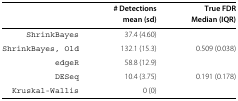
<table><thead><tr><td>[EMPTY_CELL]</td><td><b># Detections</b></td><td><b>True FDR</b></td></tr><tr><td>[EMPTY_CELL]</td><td><b>mean (sd)</b></td><td><b>Median (IQR)</b></td></tr></thead><tbody><tr><td>ShrinkBayes</td><td>37.4 (4.60)</td><td>[EMPTY_CELL]</td></tr><tr><td>ShrinkBayes, Old</td><td>132.1 (15.3)</td><td>0.509 (0.038)</td></tr><tr><td>edgeR</td><td>58.8 (12.9)</td><td>[EMPTY_CELL]</td></tr><tr><td>DESeq</td><td>10.4 (3.75)</td><td>0.191 (0.178)</td></tr><tr><td>Kruskal-Wallis</td><td>0 (0)</td><td>[EMPTY_CELL]</td></tr></tbody></table>